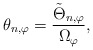
\begin{align*}\theta_{n,\varphi}=\frac{\tilde\Theta_{n,\varphi}}{\Omega_\varphi},\end{align*}